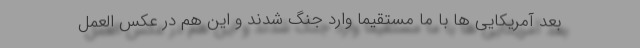
بعد آمریکایی ها با ما مستقیما وارد جنگ شدند و این هم در عکس العمل